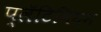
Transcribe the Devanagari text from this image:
प्लॅटिनियम